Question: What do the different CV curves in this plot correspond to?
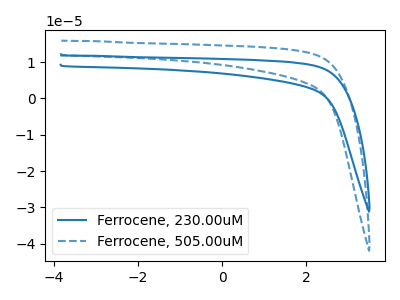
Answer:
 <answer>The blue curve is labeled "Ferrocene, 230.00uM". The blue dashed curve is labeled "Ferrocene, 505.00uM".</answer>
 <eval></eval>